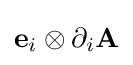
\mathbf {e} _{i}\otimes \partial _{i}\mathbf {A}